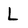
Character: L